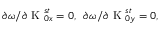
\begin{array} { r } { \partial \omega / \partial \textrm { K } _ { 0 x } ^ { s t } = 0 , \, \, \, \partial \omega / \partial \textrm { K } _ { 0 y } ^ { s t } = 0 , } \end{array}